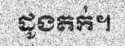
ដូងតក់។